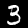
Digit: 3